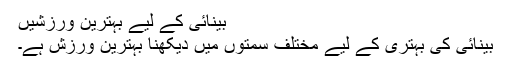
بینائی کے لیے بہترین ورزشیں
بینائی کی بہتری کے لیے مختلف سمتوں میں دیکھنا بہترین ورزش ہے۔